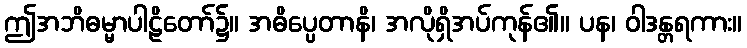
ဤအဘိဓမ္မာပါဠိတော်၌။ အဓိပ္ပေတာနိ၊ အလိုရှိအပ်ကုန်၏။ ပန၊ ဝါဒန္တရကား။